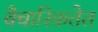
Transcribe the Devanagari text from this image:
वैचारिकतेत